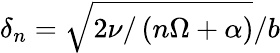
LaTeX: \delta_{n}=\sqrt{2\nu/\left(n\Omega+\alpha\right)}/b